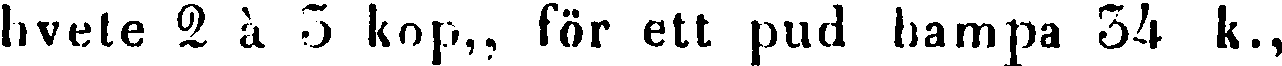
hvete 2 à 5 kop,, för ett pud hampa 34 k.,